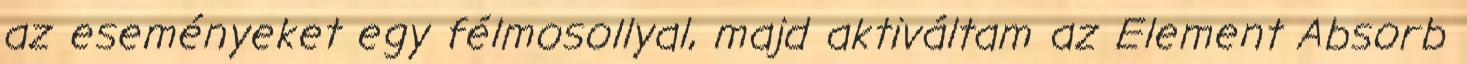
az eseményeket egy félmosollyal, majd aktiváltam az Element Absorb